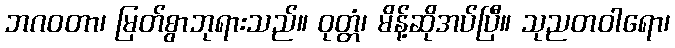
ဘဂဝတာ၊ မြတ်စွာဘုရားသည်။ ဝုတ္တံ၊ မိန့်ဆိုအပ်ပြီ။ သုညတဝါရော၊